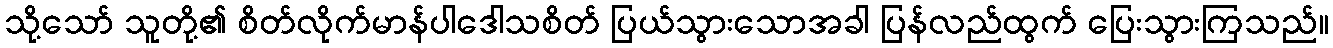
သို့သော် သူတို့၏ စိတ်လိုက်မာန်ပါဒေါသစိတ် ပြယ်သွားသောအခါ ပြန်လည်ထွက် ပြေးသွားကြသည်။